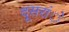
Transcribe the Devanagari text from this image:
दूसरांे